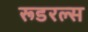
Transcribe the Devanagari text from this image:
रूडरल्स